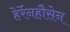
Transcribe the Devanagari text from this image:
हेर्रेनहौसेन